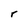
Character: r